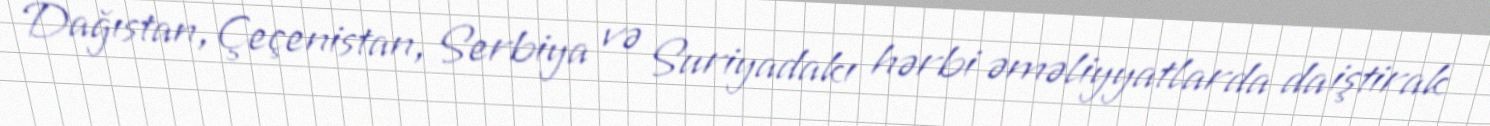
Dağıstan, Çeçenistan, Serbiya və Suriyadakı hərbi əməliyyatlarda da iştirak